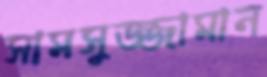
সামসুজ্জামান